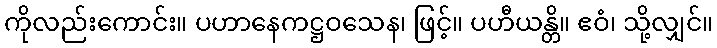
ကိုလည်းကောင်း။ ပဟာနေကဋ္ဌဝသေန၊ ဖြင့်။ ပဟီယန္တိ။ ဧဝံ၊ သို့လျှင်။